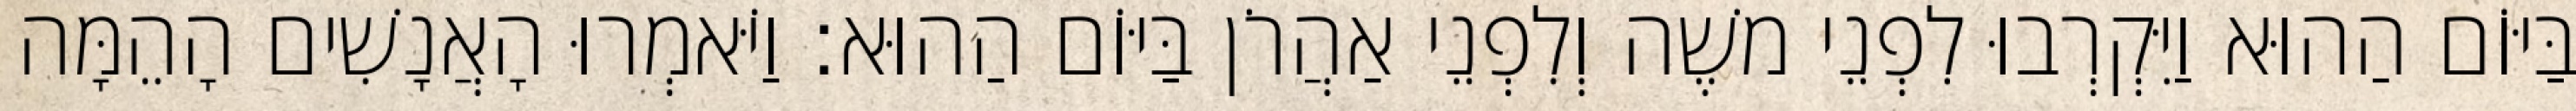
בַּיּוֹם הַהוּא וַיִּקְרְבוּ לִפְנֵי משֶׁה וְלִפְנֵי אַהֲרֹן בַּיּוֹם הַהוּא׃ וַיֹּאמְרוּ הָאֲנָשִׁים הָהֵמָּה